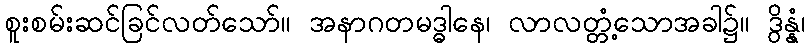
စူးစမ်းဆင်ခြင်လတ်သော်။ အနာဂတမဒ္ဓါနေ၊ လာလတ္တံ့သောအခါ၌။ ဒွိန္နံ၊